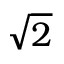
\sqrt { 2 }